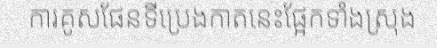
ការគូសផែនទីប្រេងកាតនេះផ្អែកទាំងស្រុង